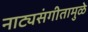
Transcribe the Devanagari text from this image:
नाट्यसंगीतामुळे